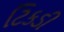
ટિકડી